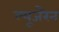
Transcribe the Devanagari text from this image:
ल्यूजरैन